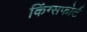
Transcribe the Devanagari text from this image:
किंग्सफोर्ट